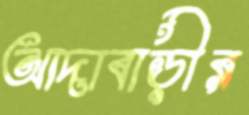
আদাবাড়ীর